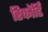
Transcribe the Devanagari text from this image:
रिकॉर्डिं